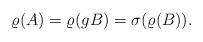
LaTeX: \begin{align*}\varrho(A)=\varrho(gB)=\sigma (\varrho(B)).\end{align*}